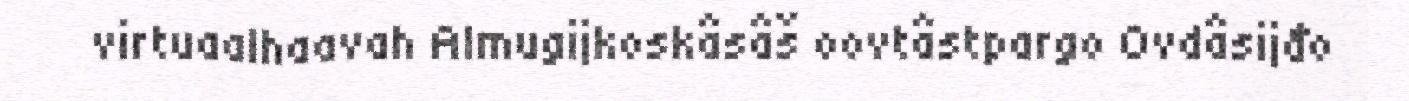
virtuaalhaavah Almugijkoskâsâš oovtâstpargo Ovdâsijđo